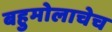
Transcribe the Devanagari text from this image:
बहुमोलाचेच